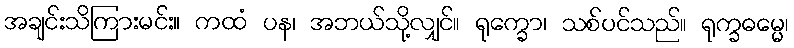
အချင်းသိကြားမင်း။ ကထံ ပန၊ အဘယ်သို့လျှင်။ ရုက္ခော၊ သစ်ပင်သည်။ ရုက္ခဓမ္မေ၊